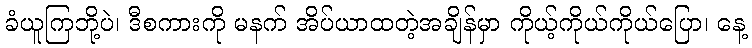
ခံယူကြဘို့ပဲ၊ ဒီစကားကို မနက် အိပ်ယာထတဲ့အချိန်မှာ ကိုယ့်ကိုယ်ကိုယ်ပြော၊ နေ့